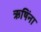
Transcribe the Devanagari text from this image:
ऋषिंना